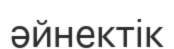
әйнектік